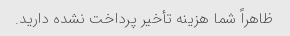
ظاهراً شما هزینه تأخیر پرداخت نشده دارید.